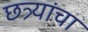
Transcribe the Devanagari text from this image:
छत्र्यांचा